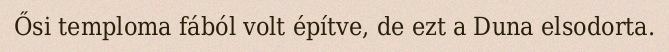
Ősi temploma fából volt építve, de ezt a Duna elsodorta.